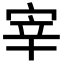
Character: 宰